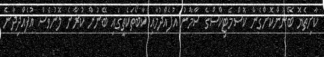
ކާށިތެޔޮ ބޭނުންކޮށްގެން ކޮސްމެޓިކްސްގެ ސާމާނު އުފެއްދުމާއި ކާބޯތަކެތީގައި ބޭނުން ކުރާނެ ލޮނުވެސް އުފެއްދިދާނެ